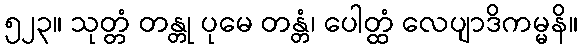
၅၂၃။ သုတ္တံ တန္တု ပုမေ တန္တံ၊ ပေါတ္ထံ လေပျာဒိကမ္မနိ။